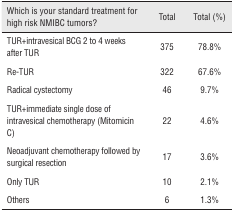
| Which is your standard treatment for high risk NMIBC tumors? | Total | Total (%) |
 | --- | --- | --- |
 | TUR+intravesical BCG 2 to 4 weeks after TUR | 375 | 78.8% |
 | Re-TUR | 322 | 67.6% |
 | Radical cystectomy | 46 | 9.7% |
 | TUR+immediate single dose of intravesical chemotherapy (Mitomicin C) | 22 | 4.6% |
 | Neoadjuvant chemotherapy followed by surgical resection | 17 | 3.6% |
 | Only TUR | 10 | 2.1% |
 | Others | 6 | 1.3% |